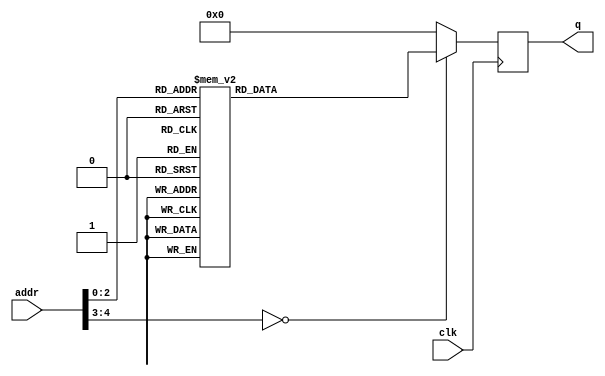
/*
 * $Id$
 */

`define ROM_DELAY 10

/* dmask prom */

module part_32x8prom ( clk, addr, q );

   input clk;
   input [4:0] addr;
   output [7:0] q;
   reg [7:0] 	q;

  always @(posedge clk)
    case (addr)
     5'h00: q = 8'h00;
     5'h01: q = 8'h01;
     5'h02: q = 8'h03;
     5'h03: q = 8'h07;
     5'h04: q = 8'h0f;
     5'h05: q = 8'h1f;
     5'h06: q = 8'h3f;
     5'h07: q = 8'h7f;
     default: q = 8'h00;
    endcase
endmodule

/* left mask prom */

module part_32x32prom_maskleft( clk, addr, q );

   input clk;
   input [4:0] addr;
   output [31:0] q;
   reg [31:0] 	 q;

  always @(posedge clk)
    case (addr)
      5'h00: q = 32'h00000001;
      5'h01: q = 32'h00000003;
      5'h02: q = 32'h00000007;
      5'h03: q = 32'h0000000f;
      5'h04: q = 32'h0000001f;
      5'h05: q = 32'h0000003f;
      5'h06: q = 32'h0000007f;
      5'h07: q = 32'h000000ff;
      5'h08: q = 32'h000001ff;
      5'h09: q = 32'h000003ff;
      5'h0a: q = 32'h000007ff;
      5'h0b: q = 32'h00000fff;
      5'h0c: q = 32'h00001fff;
      5'h0d: q = 32'h00003fff;
      5'h0e: q = 32'h00007fff;
      5'h0f: q = 32'h0000ffff;
      5'h10: q = 32'h0001ffff;
      5'h11: q = 32'h0003ffff;
      5'h12: q = 32'h0007ffff;
      5'h13: q = 32'h000fffff;
      5'h14: q = 32'h001fffff;
      5'h15: q = 32'h003fffff;
      5'h16: q = 32'h007fffff;
      5'h17: q = 32'h00ffffff;
      5'h18: q = 32'h01ffffff;
      5'h19: q = 32'h03ffffff;
      5'h1a: q = 32'h07ffffff;
      5'h1b: q = 32'h0fffffff;
      5'h1c: q = 32'h1fffffff;
      5'h1d: q = 32'h3fffffff;
      5'h1e: q = 32'h7fffffff;
      5'h1f: q = 32'hffffffff;
  endcase

endmodule

/* right mask prom */

module part_32x32prom_maskright( clk, addr, q );

   input clk;
   input [4:0] addr;
   output [31:0] q;
   reg [31:0] 	 q;

  always @(posedge clk)
    case (addr)
      5'h00: q = 32'hffffffff;
      5'h01: q = 32'hfffffffe;
      5'h02: q = 32'hfffffffc;
      5'h03: q = 32'hfffffff8;
      5'h04: q = 32'hfffffff0;
      5'h05: q = 32'hffffffe0;
      5'h06: q = 32'hffffffc0;
      5'h07: q = 32'hffffff80;
      5'h08: q = 32'hffffff00;
      5'h09: q = 32'hfffffe00;
      5'h0a: q = 32'hfffffc00;
      5'h0b: q = 32'hfffff800;
      5'h0c: q = 32'hfffff000;
      5'h0d: q = 32'hffffe000;
      5'h0e: q = 32'hffffc000;
      5'h0f: q = 32'hffff8000;
      5'h10: q = 32'hffff0000;
      5'h11: q = 32'hfffe0000;
      5'h12: q = 32'hfffc0000;
      5'h13: q = 32'hfff80000;
      5'h14: q = 32'hfff00000;
      5'h15: q = 32'hffe00000;
      5'h16: q = 32'hffc00000;
      5'h17: q = 32'hff800000;
      5'h18: q = 32'hff000000;
      5'h19: q = 32'hfe000000;
      5'h1a: q = 32'hfc000000;
      5'h1b: q = 32'hf8000000;
      5'h1c: q = 32'hf0000000;
      5'h1d: q = 32'he0000000;
      5'h1e: q = 32'hc0000000;
      5'h1f: q = 32'h80000000;
    endcase

endmodule